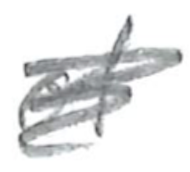
Text: of
Cross-out: scratch
Writing tool: pencil